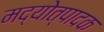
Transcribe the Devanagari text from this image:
मद्योत्पादक